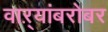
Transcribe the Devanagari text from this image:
वाऱ्यांबरोबर